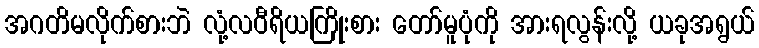
အဂတိမလိုက်စားဘဲ လုံ့လဝီရိယကြိုးစား တော်မူပုံကို အားရလွန်းလို့ ယခုအရွယ်